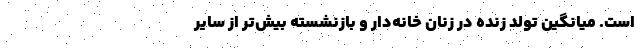
است. میانگین تولد زنده در زنان خانه‌دار و بازنشسته بیش‌تر از سایر